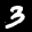
Label: 3